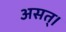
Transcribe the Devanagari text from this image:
असत्।